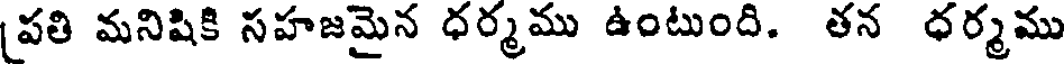
(పతి మనిషికి సహజమైన ధర్మము ఉంటుంది. తన ధర్మము